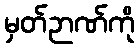
မှတ်ဉာဏ်ကို